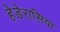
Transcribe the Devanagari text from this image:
हेडेरासिया